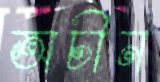
অচীন